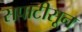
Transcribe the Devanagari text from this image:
सपाटीसून